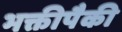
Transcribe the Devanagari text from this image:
भक्तीपैकी